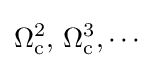
\Omega _{\text{c}}^{2},\,\Omega _{\text{c}}^{3},\cdots